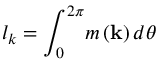
l _ { k } = \int _ { 0 } ^ { 2 \pi } \! m \left( \mathbf { k } \right) d \theta